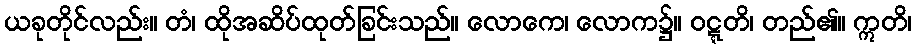
ယခုတိုင်လည်း။ တံ၊ ထိုအဆိပ်ထုတ်ခြင်းသည်။ လောကေ၊ လောက၌။ ဝဋ္ဋတိ၊ တည်၏။ ဣတိ၊